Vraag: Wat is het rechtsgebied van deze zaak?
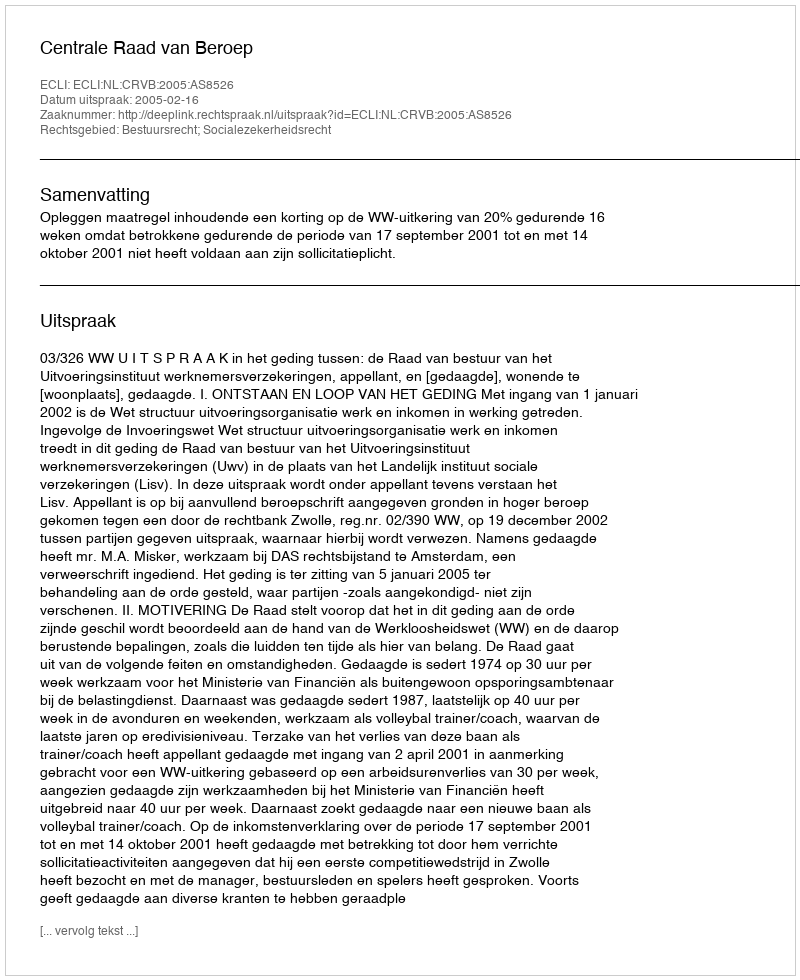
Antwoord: Bestuursrecht; Socialezekerheidsrecht